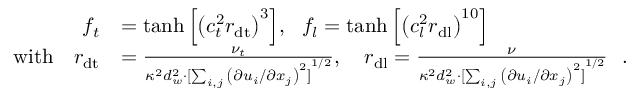
\begin{array} { r l } { f _ { t } } & { = \operatorname { t a n h } { \left[ { \left( c _ { t } ^ { 2 } r _ { \mathrm { d t } } \right) } ^ { 3 } \right] } , \ \ f _ { l } = \operatorname { t a n h } { \left[ { \left( c _ { l } ^ { 2 } r _ { \mathrm { d l } } \right) } ^ { 1 0 } \right] } } \\ { \mathrm { w i t h } \ \ \ r _ { \mathrm { d t } } } & { = \frac { \nu _ { t } } { \kappa ^ { 2 } d _ { w } ^ { 2 } \cdot { [ \sum _ { i , j } { \left( \partial u _ { i } / \partial x _ { j } \right) } ^ { 2 } ] } ^ { 1 / 2 } } , \ \ \ r _ { \mathrm { d l } } = \frac { \nu } { \kappa ^ { 2 } d _ { w } ^ { 2 } \cdot { [ \sum _ { i , j } { \left( \partial u _ { i } / \partial x _ { j } \right) } ^ { 2 } ] } ^ { 1 / 2 } } \ \ . } \end{array}